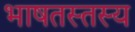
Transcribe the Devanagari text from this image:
भाषतस्तस्य